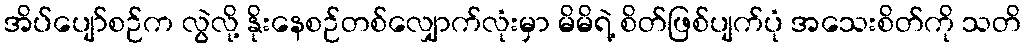
အိပ်ပျော်စဉ်က လွဲလို့ နိုးနေစဉ်တစ်လျှောက်လုံးမှာ မိမိရဲ့ စိတ်ဖြစ်ပျက်ပုံ အသေးစိတ်ကို သတိ